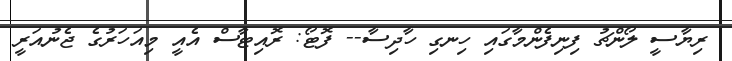
ރިޔާސީ ލޯންޗު ފިނިފެންމާގައި ހިނގި ހާދިސާ-- ފޮޓޯ: ރޮއިޓާސް އެއީ މިއަހަރުގެ ޖެނުއަރީ